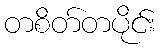
တစိတ်တပိုင်း